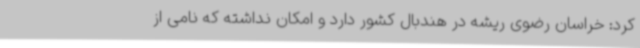
کرد: خراسان رضوی ریشه در هندبال کشور دارد و امکان نداشته که نامی از